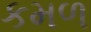
કમળ